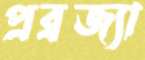
প্রব্রজ্যা